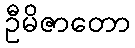
ဦမိဇာတော